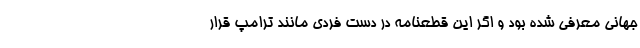
جهانی معرفی شده بود و اگر این قطعنامه در دست فردی مانند ترامپ قرار